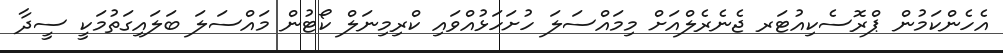
އެހެންކަމުން ޕްރޮސެކިއުޓަރ ޖެނެރެލްއަށް މިމައްސަލަ ހުށަހަޅުއްވައި ކްރިމިނަލް ކޯޓުން މައްސަލަ ބަލައިގަތުމަކީ ސީދާ